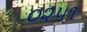
૦૨૫૧